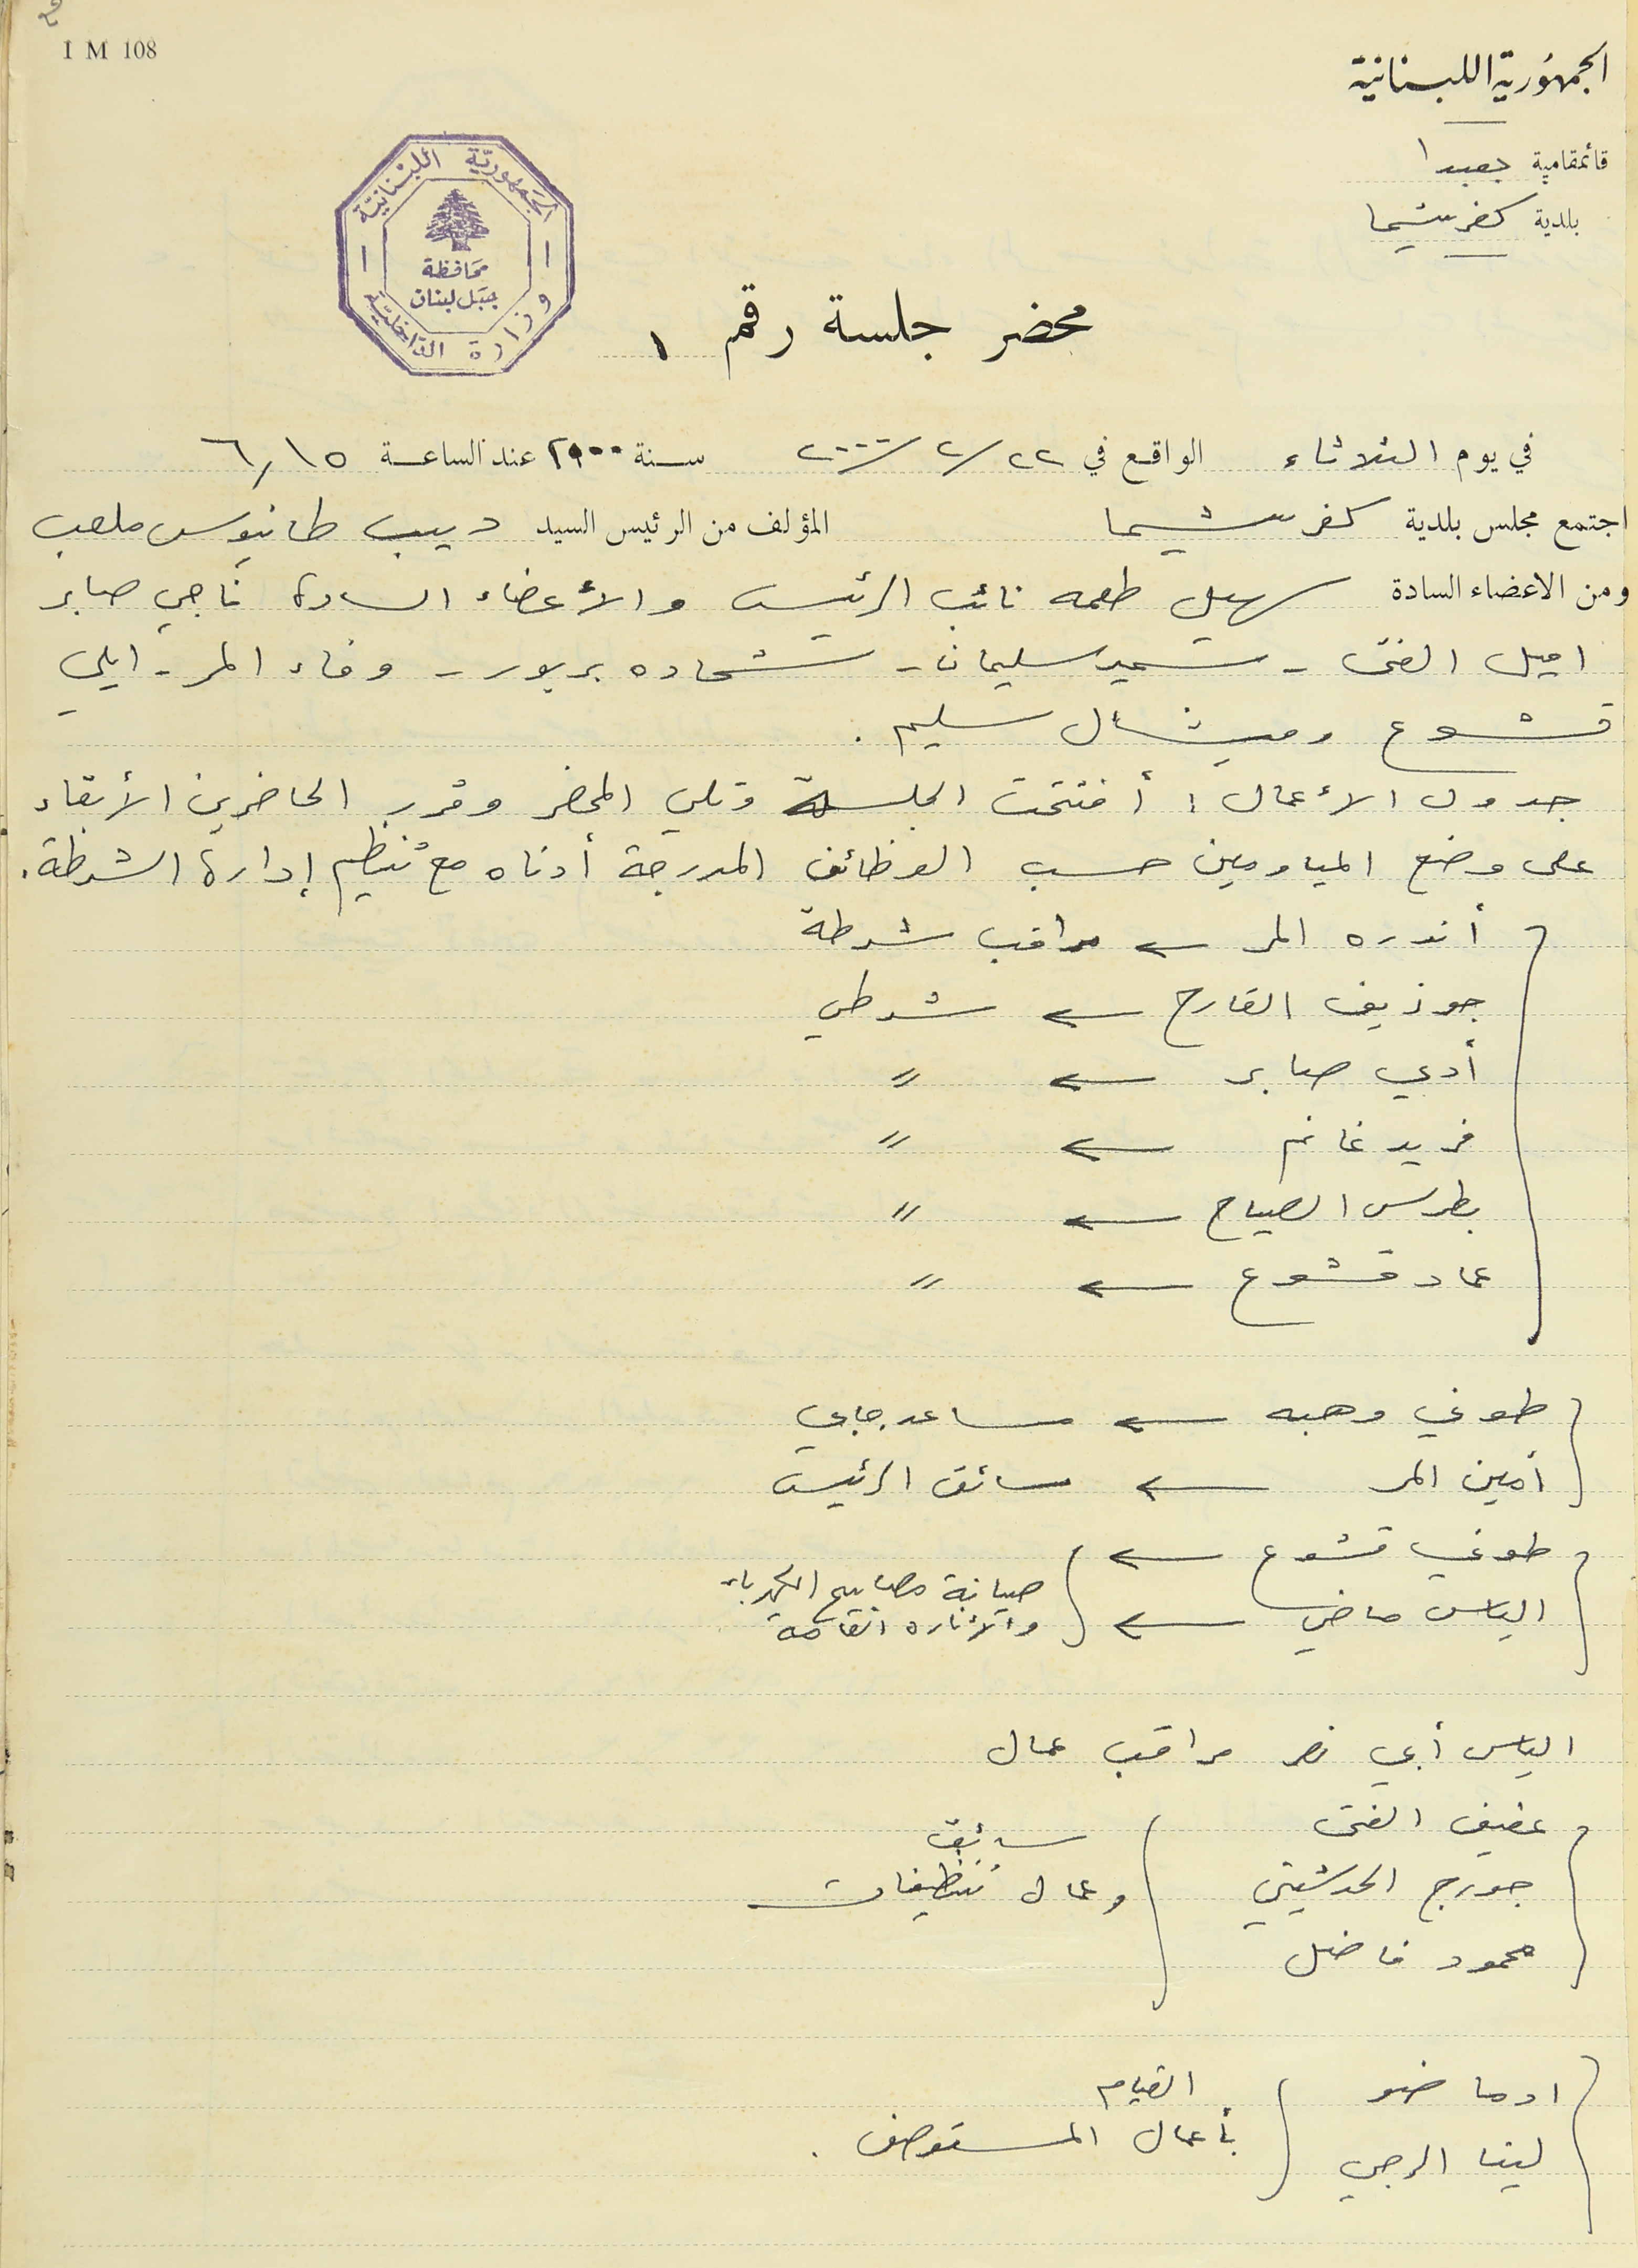
قائمقامية بعبدا
محضر جلسة رقم ١
 في يوم الثلاثاء الواقع في ٢٢ / ٢ / ٢٠٠٠      سنة ٢٠٠٠ عناد الساعة ٦,١٥
المؤلف من الرئيس السيد ديب طانيوس ملعب
ومن الاعضاء السادة سهيل طعمه نائب الرئيس والأعضاء السادة ناجي صابر
اميل الفتى - سمير سليمان - شحاده بربور - وفاء المر - ايلي
قشوع وميشال سليم.
جدول الأعمال :  أفتتحت الجلسة وتلي المحضر وقرر الحاضرين الأبقاء
على وضع المياومين حسب الوظائف المدرجة أدناه مع تنظيم إدارة الشرطة.
(أندره المر
جوزيف القارح
أدي صابر
⸗
فريد غانم
بطرس الصياح
عماد قشوع
طوني وهبه
أمين المر
طوني قشوع
الياس ماضي
الياس أبي نصر مراقب عمال
عفيف الفتى
جورج الحدشيتي
محمود فاضل
(ادما ضو
⸗
شرطي
⸗
⸗

1 M 108
الجمهوريّة اللبْنانيَة - وزارة الدَاخليّة محَافظة جبَل لبنان
الجمهُورية اللبنانية
بلدية كفرشيما
 اجتمع مجلس بلدية كفرشيما

مراقب شرطة

مساعد جابي
سائق الرئيس
صيانة مصابيح الكهرباء والأناره العامة
سائق وعمال تنظيفات
لينا الرجي
القيام بأعمال المستوصف.